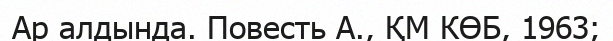
Ар алдында. Повесть А., ҚМ КӨБ, 1963;